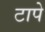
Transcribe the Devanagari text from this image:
टापे